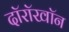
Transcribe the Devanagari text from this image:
दॉरॉखॉन